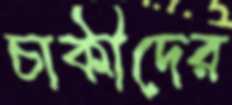
চাকীদের